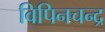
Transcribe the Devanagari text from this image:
विपिनचन्द्र